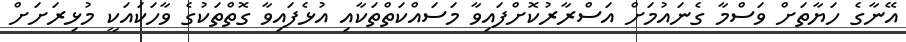
އޭނާގެ ހަޔާތަށް ވަސްމާ ގެނައުމަށް އަސްރާރުކޮށްފައިވާ މަސައްކަތްތަކާއި އުޅެފައިވާ ގޮތްތަކުގެ ވާހަކައަކީ މުޅިރަށަށް